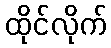
ထိုင်လိုက်